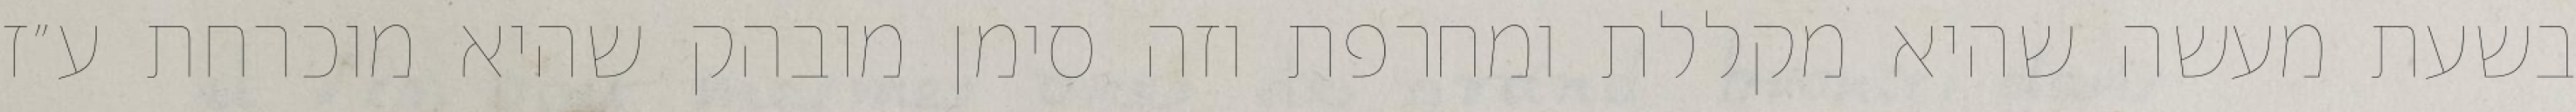
בשעת מעשה שהיא מקללת ומחרפת וזה סימן מובהק שהיא מוכרחת ע״ז